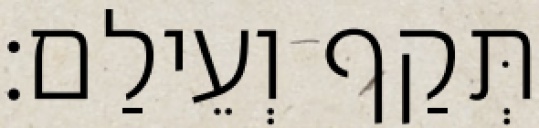
תְּקַף וְעֵילַם׃